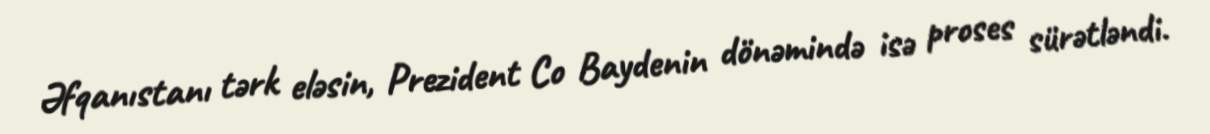
Əfqanıstanı tərk eləsin, Prezident Co Baydenin dönəmində isə proses sürətləndi.